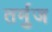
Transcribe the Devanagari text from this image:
तर्मुज